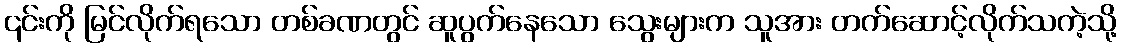
၎င်းကို မြင်လိုက်ရသော တစ်ခဏတွင် ဆူပွက်နေသော သွေးများက သူအား တက်ဆောင့်လိုက်သကဲ့သို့